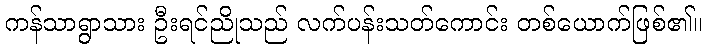
ကန်သာရွာသား ဦးရင်ညိုသည် လက်ပန်းသတ်ကောင်း တစ်ယောက်ဖြစ်၏။